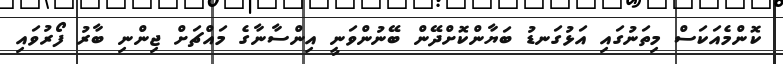
ކޮންމެއަކަސް މިތަނުގައި އަޅުގަނޑު ބަޔާންކޮށްދޭން ބޭނުންވަނީ އިންސާނާގެ މައްޗަށް ޖިންނި ބާރު ފޯރުވައި